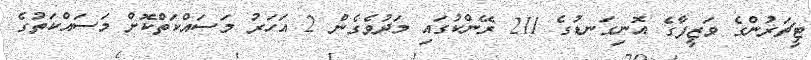
ޓީޗަރުންގެ ވަޒީފާގެ އޮނިގަނޑުގެ 211 ރޭންކުގައި މަދުވެގެން 2 އަހަރު މަސައްކަތްކޮށް މަސައްކަތުގެ